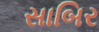
સાબિર